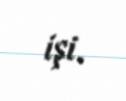
işi.